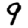
Digit: 9